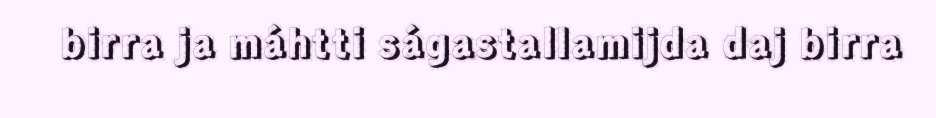
birra ja máhtti ságastallamijda daj birra